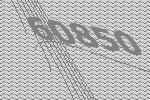
60850